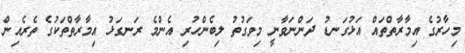
މިހާރުގެ އިމާރާތްތައް އަޅުގަނޑު ދަންނަވާނީ މިވަގުތު ލިބެންހުރި އެންމެ ރަނގަޅު އިމާރާތްތަކުގެ ތެރެއިން